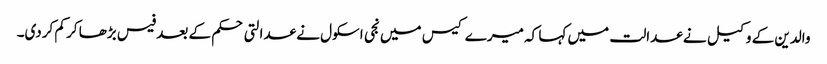
والدین کے وکیل نے عدالت میں کہا کہ میرے کیس میں نجی اسکول نے عدالتی حکم کے بعد فیس بڑھا کر کم کردی۔